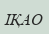
ІҚАО